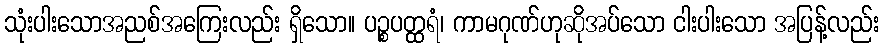
သုံးပါးသောအညစ်အကြေးလည်း ရှိသော။ ပဉ္စပတ္ထရံ၊ ကာမဂုဏ်ဟုဆိုအပ်သော ငါးပါးသော အပြန့်လည်း